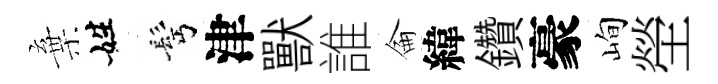
棄姓髩津獸誰侖緯鑽豪峋塋